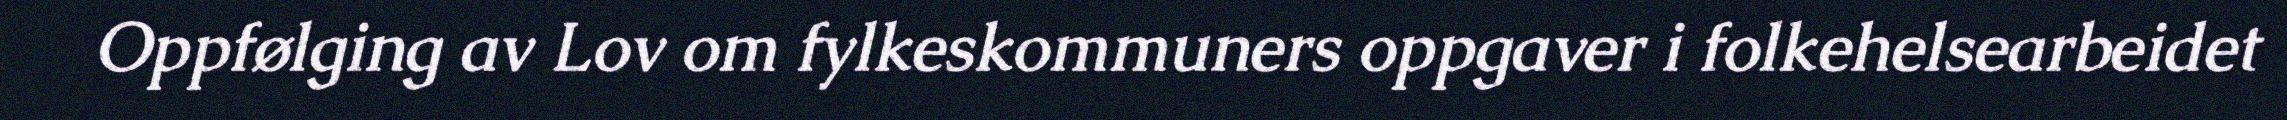
Oppfølging av Lov om fylkeskommuners oppgaver i folkehelsearbeidet